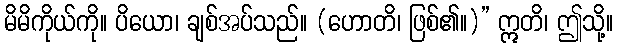
မိမိကိုယ်ကို။ ပိယော၊ ချစ်အပ်သည်။ (ဟောတိ၊ ဖြစ်၏။)” ဣတိ၊ ဤသို့။